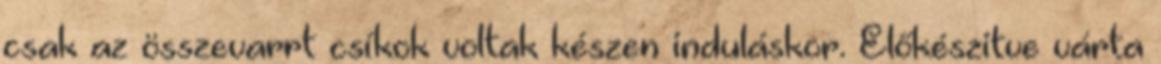
csak az összevarrt csíkok voltak készen induláskor. Előkészitve várta